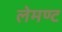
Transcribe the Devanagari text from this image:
लेमण्ट